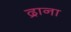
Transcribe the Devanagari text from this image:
द्राना